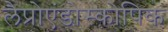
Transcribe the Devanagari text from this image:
लैप्रोएंडोस्कोपिक